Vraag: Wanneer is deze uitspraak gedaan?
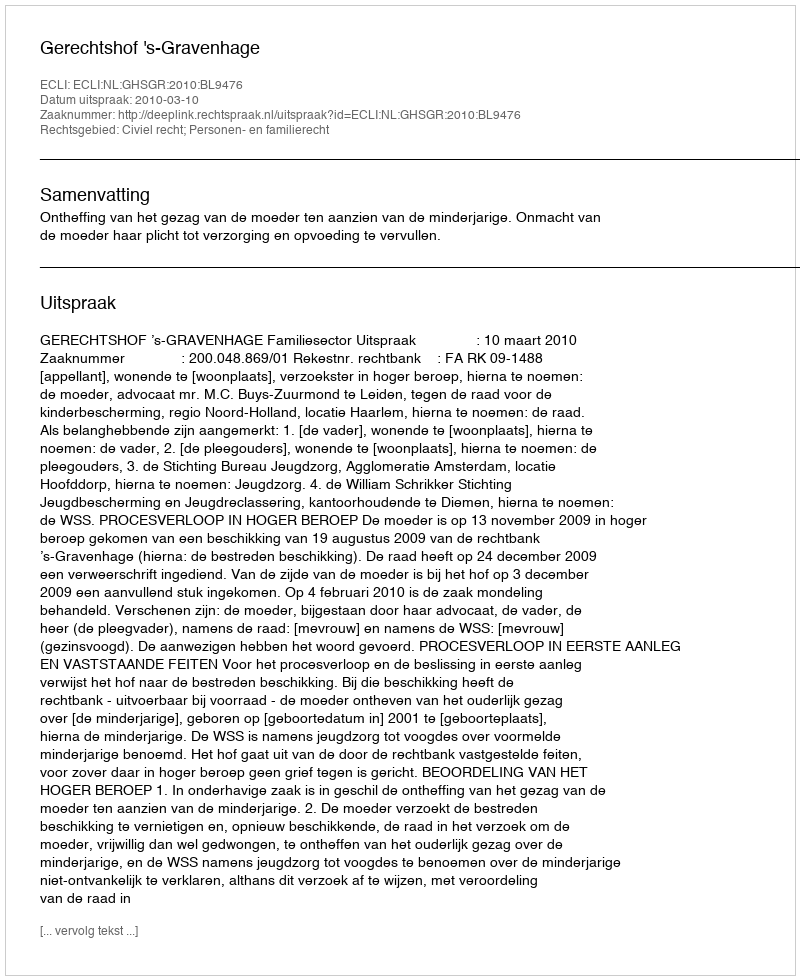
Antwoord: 2010-03-10